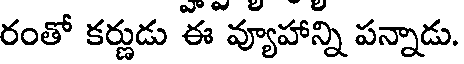
రంతో కర్ణుడు ఈ వ్యూహాన్ని పన్నాడు.